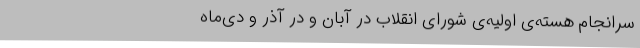
سرانجام‌ هسته‌ی‌ اولیه‌ی‌ شورای‌ انقلاب‌ در آبان‌ و در آذر و دی‌ماه‌